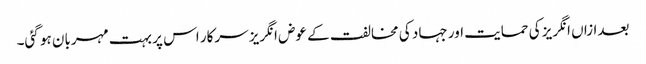
بعدازاں انگریز کی حمایت اور جہاد کی مخالفت کے عوض انگریز سرکار اس پر بہت مہربان ہو گئی۔